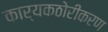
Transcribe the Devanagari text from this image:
कार्यकठोरीकरण